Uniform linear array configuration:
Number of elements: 24
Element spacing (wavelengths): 0.25
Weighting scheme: hann
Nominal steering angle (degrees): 60
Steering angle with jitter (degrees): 60.15
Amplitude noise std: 0.05
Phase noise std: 0.05

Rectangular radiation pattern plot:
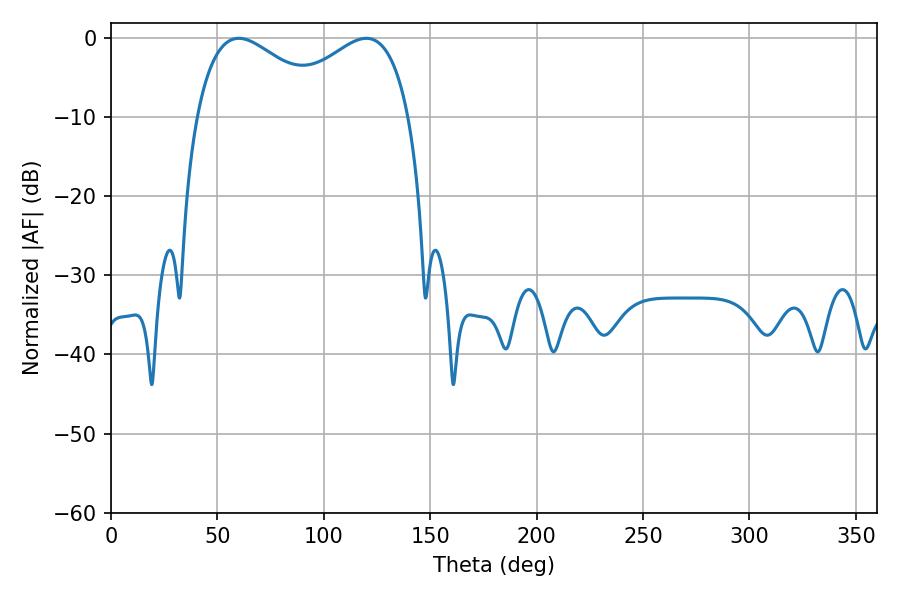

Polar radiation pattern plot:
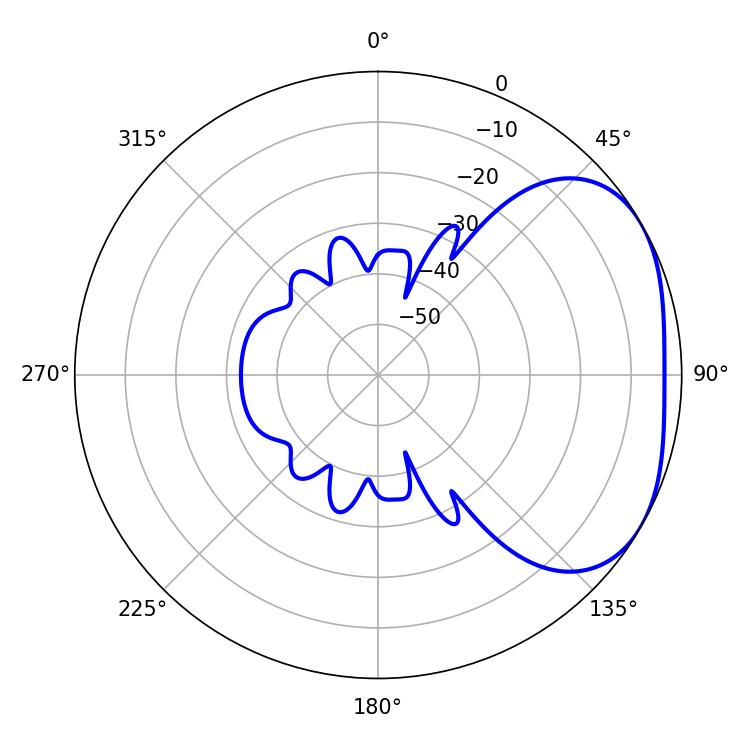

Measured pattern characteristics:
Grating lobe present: FALSE
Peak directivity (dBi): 2.93
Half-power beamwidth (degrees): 34.92
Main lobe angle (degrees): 60.12